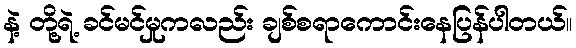
နဲ့ တို့ရဲ့ ခင်မင်မှုကလည်း ချစ်စရာကောင်းနေပြန်ပါတယ်။